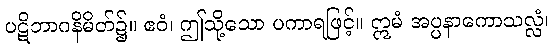
ပဋိဘာဂနိမိတ်၌။ ဧဝံ၊ ဤသို့သော ပကာရဖြင့်။ ဣမံ အပ္ပနာကောသလ္လံ၊